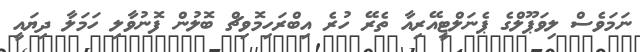
ނަމަވެސް ލިވަޕޫލްގެ ޕެނަލްޓީއޭރިއާ ތެރޭ ހުރެ އިބްރަހިމޮވިޗް ބޮލުން ފޮނުވާލި ހަމަލާ ދިޔައީ